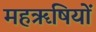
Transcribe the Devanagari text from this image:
महॠषियों